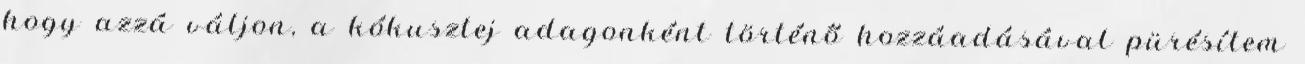
hogy azzá váljon, a kókusztej adagonként történő hozzáadásával pürésítem